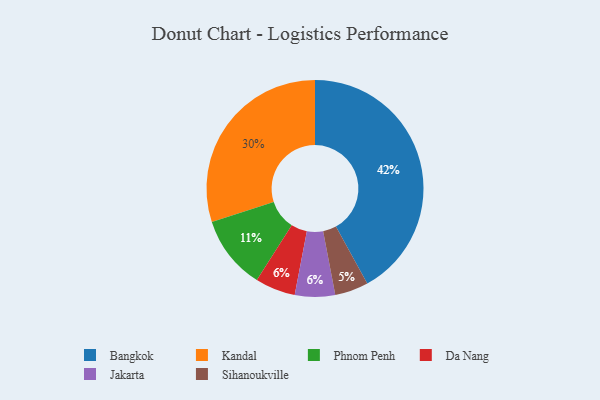
{"axis": {"x": "Category", "y": "Percentage"}, "legend": ["Bangkok", "Da Nang", "Jakarta", "Kandal", "Phnom Penh", "Sihanoukville"], "data": [{"x": "Bangkok", "y": 42, "type": "Bangkok"}, {"x": "Da Nang", "y": 6, "type": "Da Nang"}, {"x": "Kandal", "y": 30, "type": "Kandal"}, {"x": "Jakarta", "y": 6, "type": "Jakarta"}, {"x": "Sihanoukville", "y": 5, "type": "Sihanoukville"}, {"x": "Phnom Penh", "y": 11, "type": "Phnom Penh"}]}